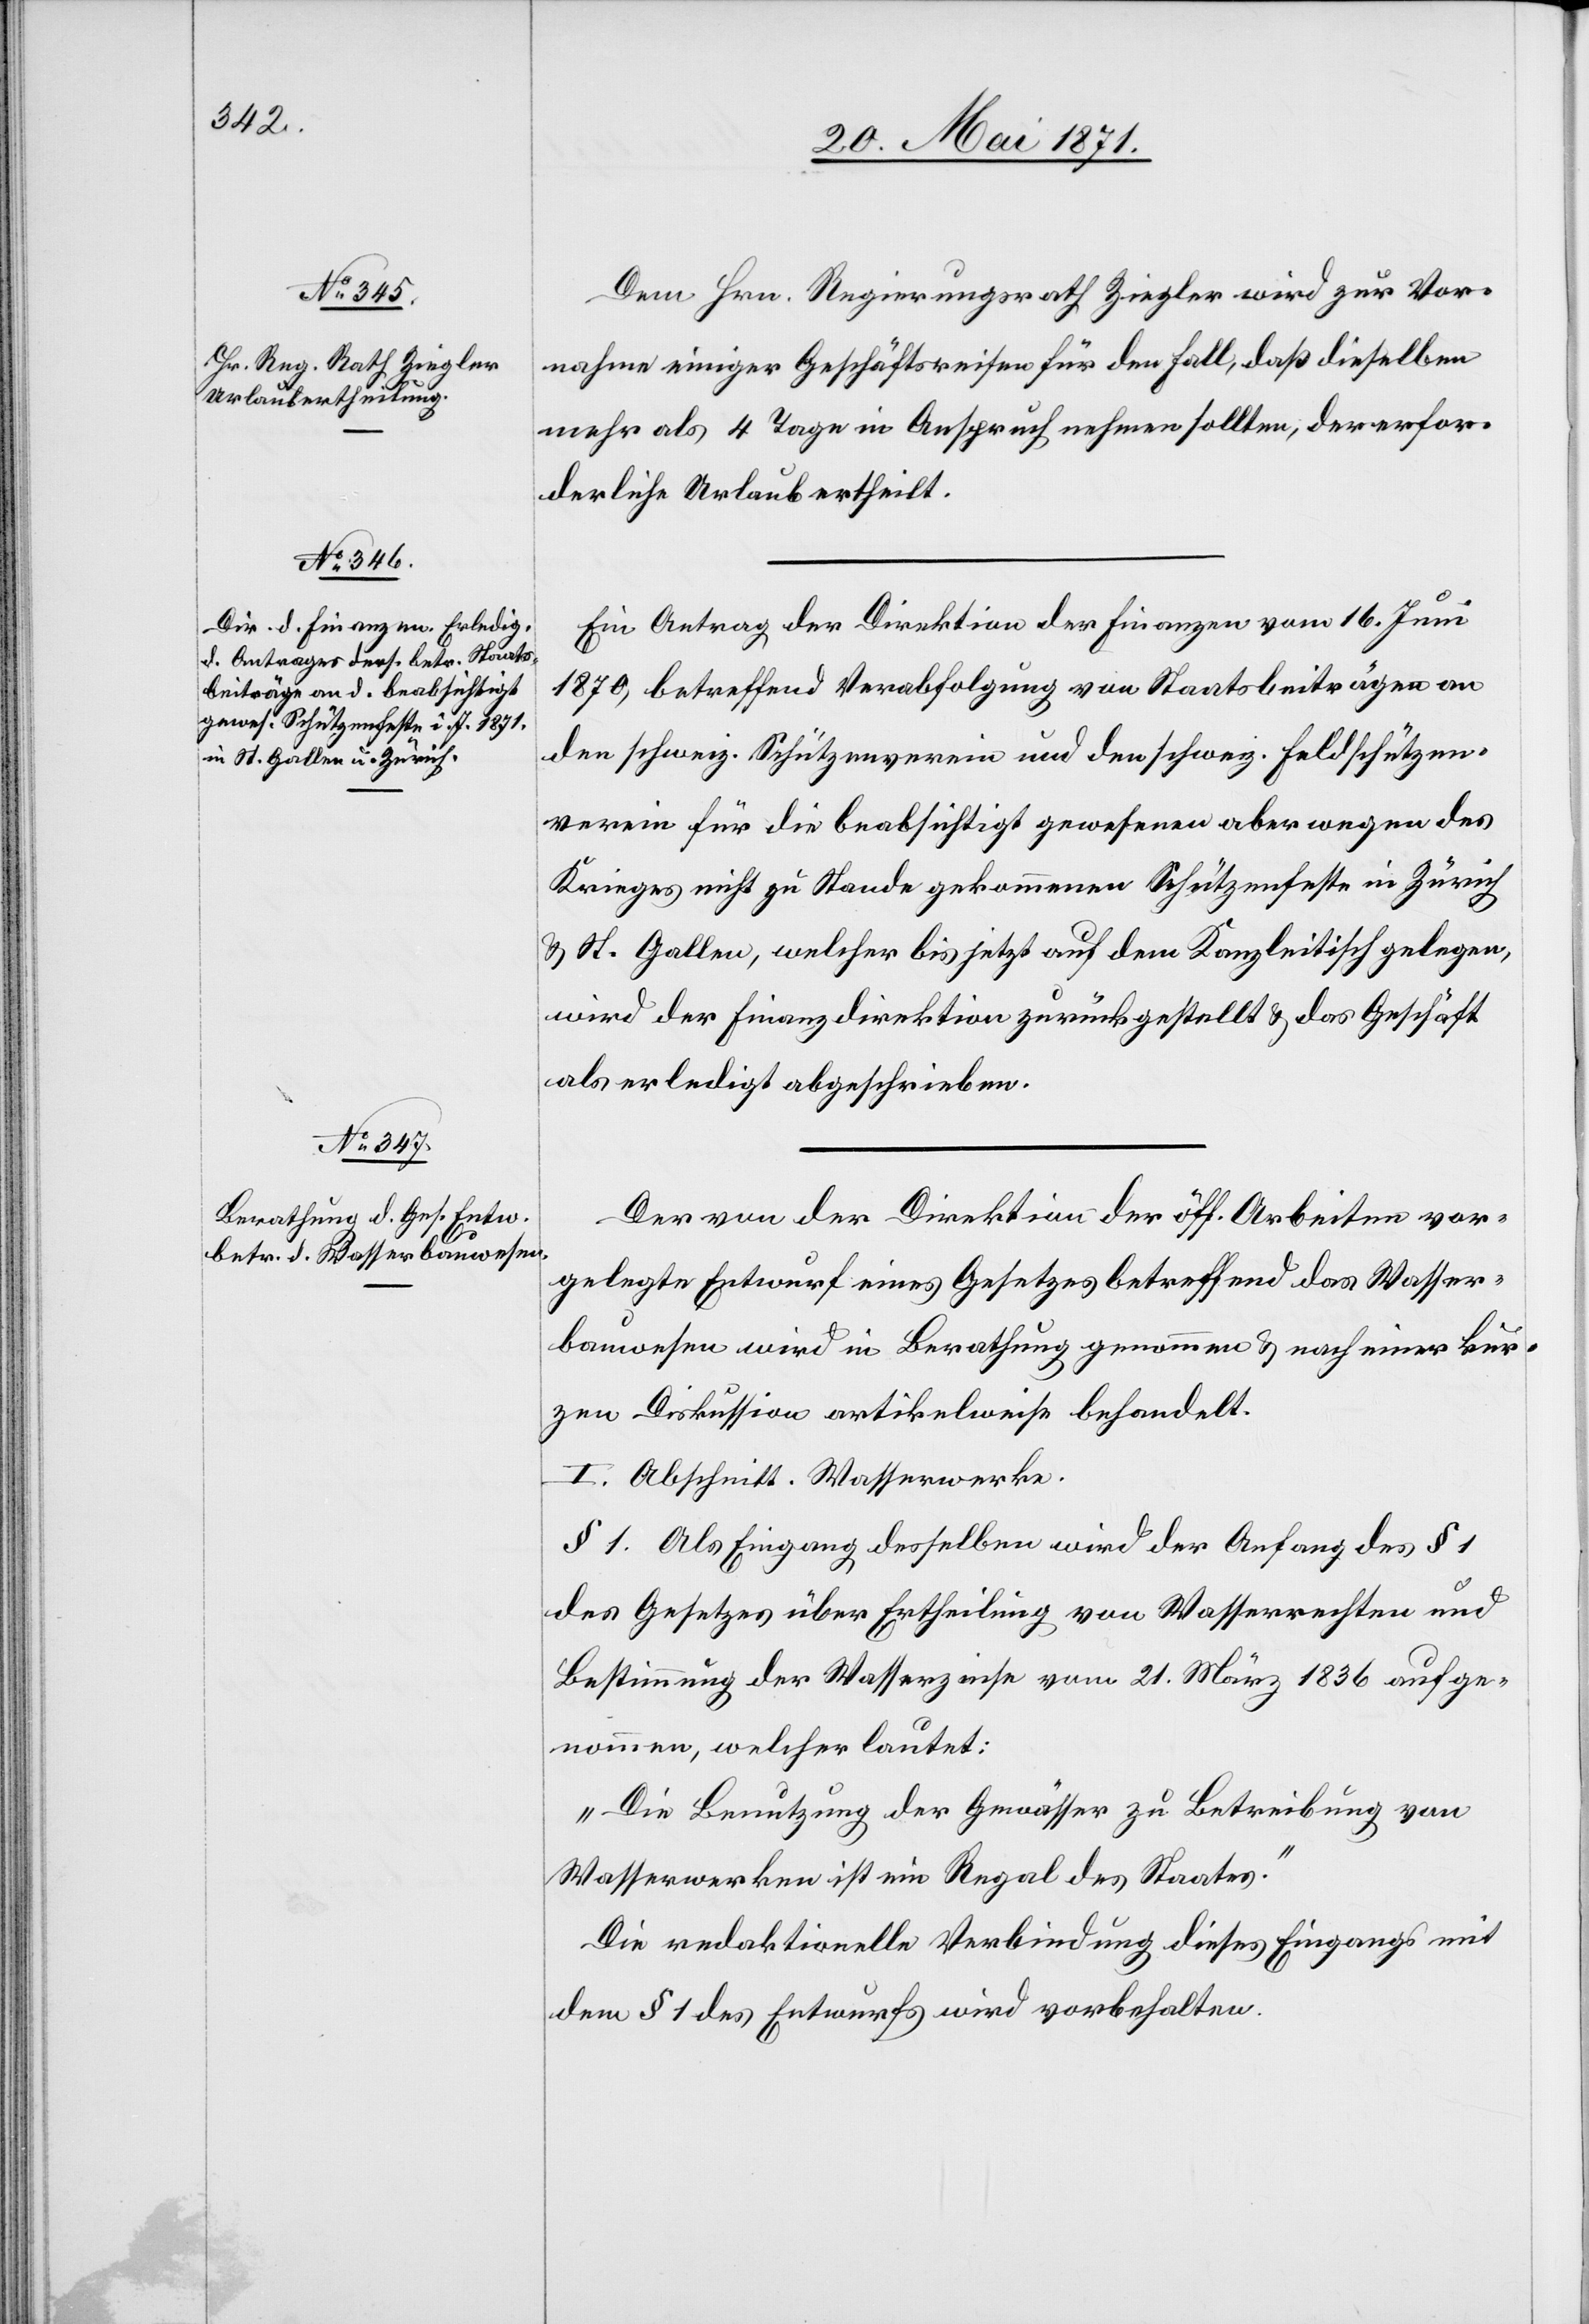
Dem Hrn. Regierungsrath Ziegler wird zur Vor¬
nahme einiger Geschäftsreisen für den Fall, daß dieselben
mehr als 4 Tage in Anspruch nehmen sollten, der erfor¬
derliche Urlaub ertheilt.
Ein Antrag der Direktion der Finanzen vom 16. Juni
1870, betreffend Verabfolgung von Staatbeiträgen an
den schweiz. Schützenverein und den schweiz. Feldschützen¬
verein für die beabsichtigt gewesenen aber wegen des
Krieges nicht zu Stande gekommenen Schützenfeste in Zürich
u. St. Gallen, welcher bis jetzt auf dem Kanzleitisch gelegen,
wird der Finanzdirektion zurückgestellt u. das Geschäft
als erledigt abgeschrieben.
Der von der Direktion der öff. Arbeiten vor¬
gelegte Entwurf eines Gesetzes betreffend das Wasser¬
bauwesen wird in Berathung genommen u. nach einer kur¬
zen Diskussion artikelweise behandelt.
I. Abschnitt. Wasserwerke.
§ 1. Als Eingang desselben wird der Anfang des § 1
des Gesetzes über Ertheilung von Wasserrechten und
Bestimmung der Wasserzinse vom 21. März 1836 aufge¬
nommen, welcher lautet:
„Die Benutzung der Gewässer zu Betreibung von
Wasserwerken ist ein Regal des Staates.“
Die redaktionelle Verbindung dieses Eingangs mit
dem § 1 des Entwurfs wird vorbehalten.